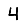
Digit: 4